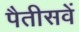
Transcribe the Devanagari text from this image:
पैतीसवें